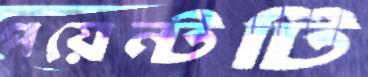
পয়েন্টটি